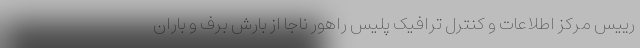
رییس مرکز اطلاعات و کنترل ترافیک پلیس راهور ناجا از بارش برف و باران